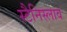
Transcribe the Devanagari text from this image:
स्टैनिस्लाव